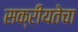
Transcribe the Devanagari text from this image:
सक्रीयतेचा